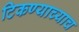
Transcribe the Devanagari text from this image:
टिकण्याच्याच